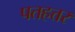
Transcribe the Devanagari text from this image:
पतहत्तर